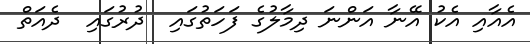
އެއާއި އެކު އޭނާ އަންނަ ދިމާލުގެ ފަހަތުގައި  ދުރުގައި  ދެއަތް